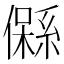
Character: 𱏙